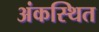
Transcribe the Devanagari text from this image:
अंकस्थित